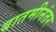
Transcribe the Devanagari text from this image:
बातमीनंतर